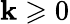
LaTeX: \mathbf{k}\geqslant0